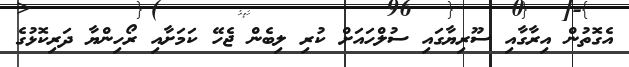
އެގޮތުން އިރާގާއި ސޫރިޔާގައި ސުލްހައަށް ކުރި ލިބެން ޖެހޭ ކަމަށާއި ރޯހިންޔާ ދަރިކޮޅުގެ